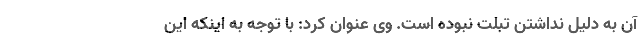
آن به دلیل نداشتن تبلت نبوده است. وی عنوان کرد: با توجه به اینکه این